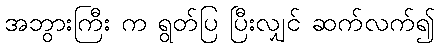
အဘွားကြီး က ရွတ်ပြ ပြီးလျှင် ဆက်လက်၍